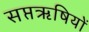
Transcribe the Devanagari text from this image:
सप्तॠषियों